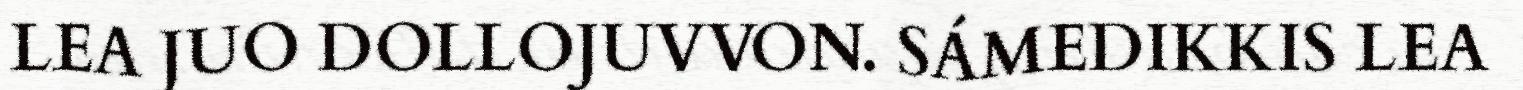
LEA JUO DOLLOJUVVON. SÁMEDIKKIS LEA